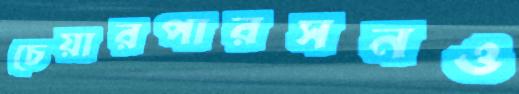
চেয়ারপারসনও